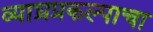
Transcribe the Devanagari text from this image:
व्याघ्रप्रकल्पाचा